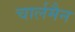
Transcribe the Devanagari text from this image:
चार्लमैन